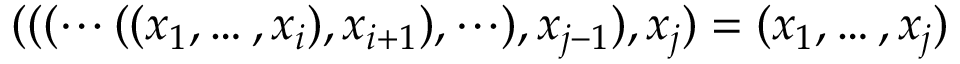
( ( ( \cdots ( ( x _ { 1 } , \dots , x _ { i } ) , x _ { i + 1 } ) , \cdots ) , x _ { j - 1 } ) , x _ { j } ) = ( x _ { 1 } , \dots , x _ { j } )